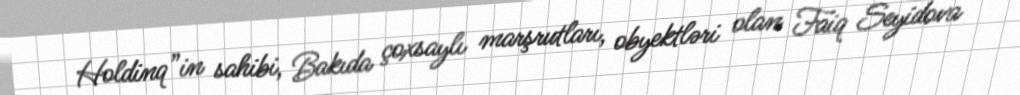
Holdinq”in sahibi, Bakıda çoxsaylı marşrutları, obyektləri olan Faiq Seyidova